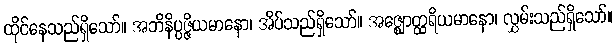
ထိုင်နေသည်ရှိသော်။ အဘိနိပ္ပဇ္ဇိယမာနော၊ အိပ်သည်ရှိသော်။ အဇ္ဈောတ္ထရိယမာနော၊ လွှမ်းသည်ရှိသော်။